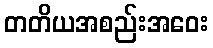
တတိယအစည်းအဝေး